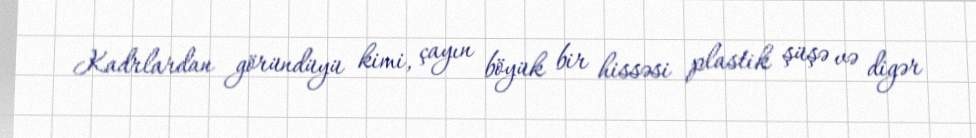
Kadrlardan göründüyü kimi, çayın böyük bir hissəsi plastik şüşə və digər